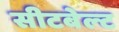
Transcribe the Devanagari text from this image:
सीटबेल्‍ट